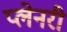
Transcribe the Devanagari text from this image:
प्लेनरी